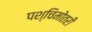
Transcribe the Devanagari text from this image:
पश्चिमोतरी